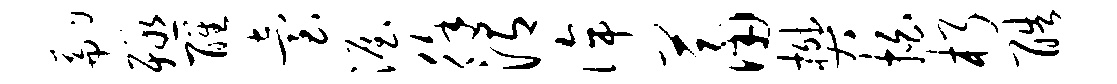
翩殛醒台渥徐渭侔萧樊拍朽酷